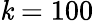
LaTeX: \mathit{k}=100